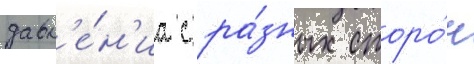
давл'е́н'иа с ра́зных сторо́н